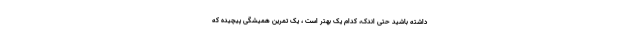
داشته باشید حتی اندک، کدام یک بهتر است ، یک تمرین همیشگی پیچیده که